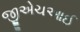
જીએચઆઈ